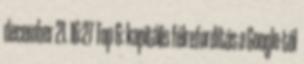
december 21. 16:27 Top 6: kapitális félrefordítás a Google-től